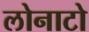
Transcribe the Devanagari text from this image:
लोनाटो